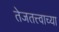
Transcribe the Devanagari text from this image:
तेजतत्त्वाच्या